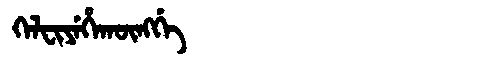
Manchu: ᡴᡝᠯᠸᡳᠶᡝᡥᠠᡴᡡᠩᡤᡝ
Romanization: KELFIYEHAKŪNGGE